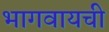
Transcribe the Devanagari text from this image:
भागवायची